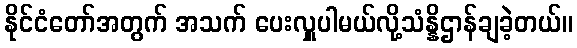
နိုင်ငံတော်အတွက် အသက် ပေးလှူပါမယ်လို့သံန္နိဌာန်ချခဲ့တယ်။